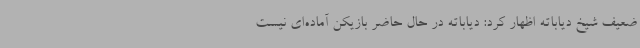
ضعیف شیخ دیاباته اظهار کرد: دیاباته در حال حاضر بازیکن آماده‌ای نیست